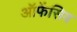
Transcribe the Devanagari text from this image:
ऑफेंसिव